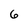
Character: 6